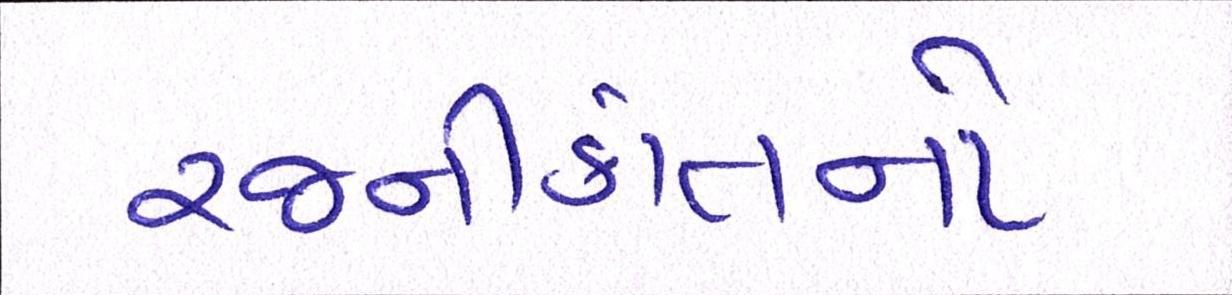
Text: રજનીકાંતનો